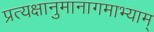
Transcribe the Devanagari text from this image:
प्रत्यक्षानुमानागमाभ्याम्